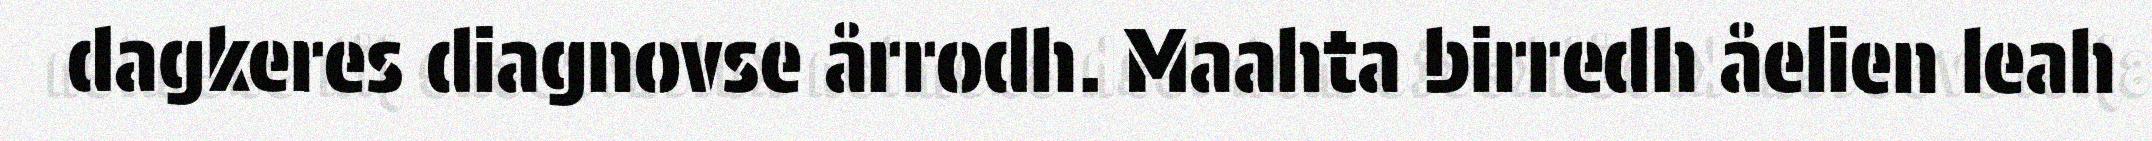
dagkeres diagnovse årrodh. Maahta birredh åelien leah